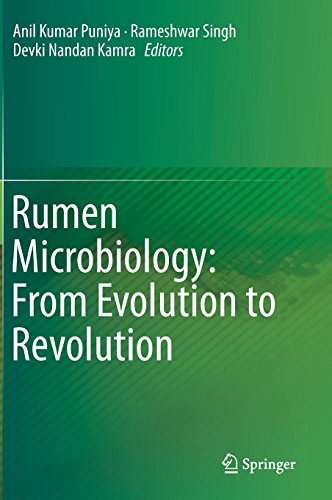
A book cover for Rumen Microbiology: From Evolution to Revolution; Medical Books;